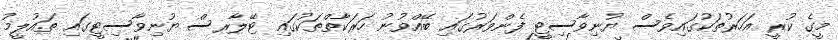
މީގެ ކުރީ އަހަރުތަަކުގައިވެސް ޔުނިވާސިޓީ ފެންވަރުގައި ބޭއްވުނު ހަރަކާތްތަކުގައި ޓޭލާރސް ޔުނިވާސިޓީގައި ތައުލީމު